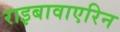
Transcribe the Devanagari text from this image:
राइबावाएरिन